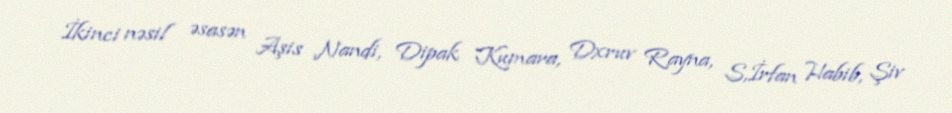
İkinci nəsil əsasən Aşis Nandi, Dipak Kumara, Dxruv Rayna, S,İrfan Habib, Şiv